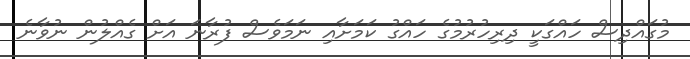
މުގައްދިސް ހައްގަކީ ދިރިހުރުމުގެ ހައްގު ކަމަށާއި ނަމަވެސް ފުރާނަ އަށް ގެއްލުން ނުވާނެ